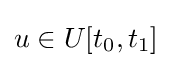
u\in U[t_{0},t_{1}]